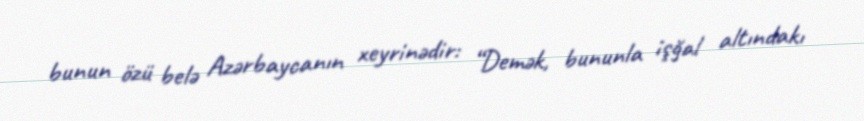
bunun özü belə Azərbaycanın xeyrinədir: “Demək, bununla işğal altındakı